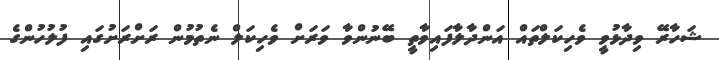
ޝަހާރޭ ވިދާޅުވީ ވެހިކަލްތައް އަންދާލާފައިވާތީ ބޭނުންވާ ވަރަށް ވެހިކަލް ނެތުމުން ރަށްރަށުގައި ފުލުހުންގެ